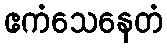
ဧကံသေနေတံ